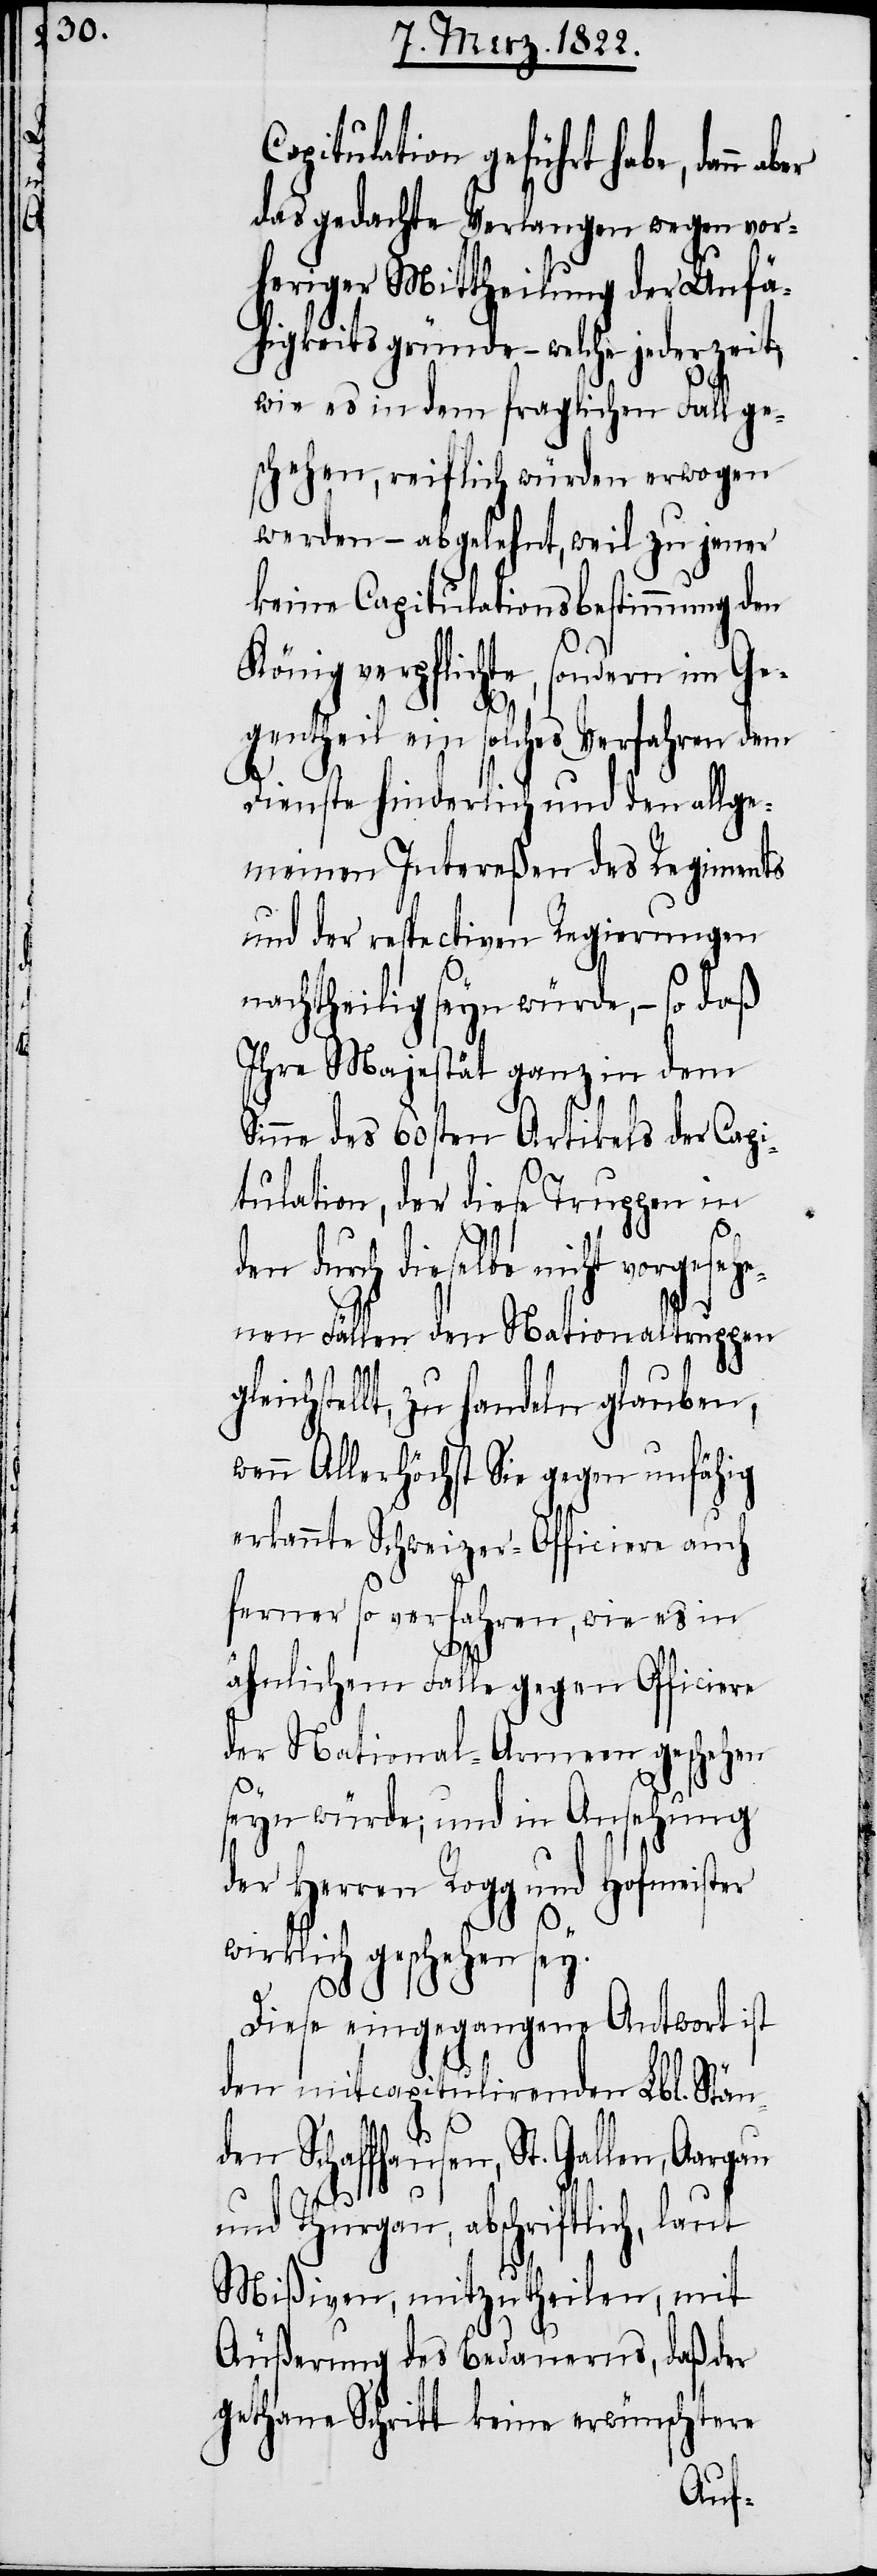
Capitulation geführt habe, dann
das gedachte Verlangen wegen vor¬
heriger Mittheilung der Unfä¬
higkeitsgründe – welche jederzeit,
wie es in dem fraglichen Fall ge¬
schehen, reiflich würden erwogen
werden – abgelehnt, weil zu jener
keine Capitulationsbestimmung den
König verpflichte, sondern im Ge¬
gentheil ein solches Verfahren dem
Dienste hinderlich und den allge¬
meinen Intereßen des Regiments
und der respectiven Regierung
nachtheilig seyn würde, – so daß
Ihre Majestät ganz in dem
Sinne des 60sten Artikels der Capi¬
tulation, der diese Truppen in
gle¬
den durch dieselbe nicht vorgesehe¬
nen Fällen den Nationaltruppen
ichstellt, zu handeln glauben,
wenn Allerhöchst Sie gegen unfähig
erkannt Schweizer-Officiere auch
ferner so verfahren, wie es in
ähnlichem Falle gegen Officiere
der National-Armeen geschehen
seyn würde; und in Ansehung
der Herren Rogg und Hofmeister
wirklich geschehen sey.
Diese eingegangene Antwort ist
den mitcapitulirenden Lbl. Stän¬
den Schaffhausen, St. Gallen,
und Thurgau, abschriftlich, laut
Mißiven, mitzutheilen, mit
Äußerung des Bedauerns, daß der
gethane Schritt keine erwünschtere